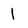
Character: 1